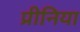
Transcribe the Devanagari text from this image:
प्रीनिया